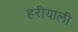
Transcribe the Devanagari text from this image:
हरीयाली